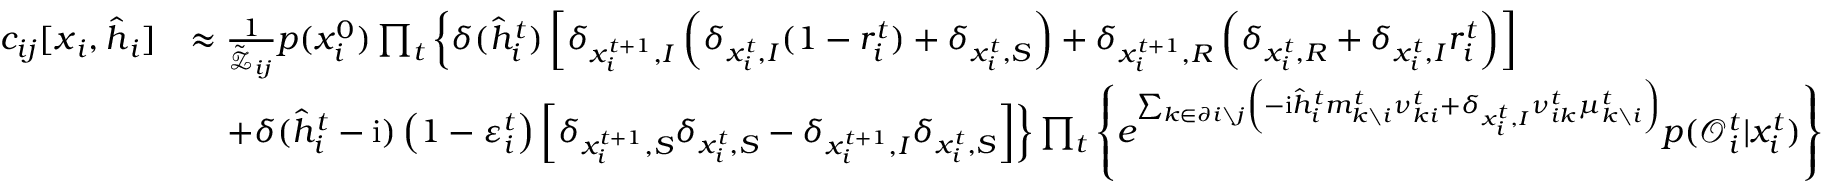
\begin{array} { r l } { c _ { i j } [ \boldsymbol { x } _ { i } , \hat { \boldsymbol { h } } _ { i } ] } & { \approx \frac { 1 } { \tilde { \mathcal { Z } } _ { i j } } p ( x _ { i } ^ { 0 } ) \prod _ { t } \left\{ \delta ( \hat { h } _ { i } ^ { t } ) \left[ \delta _ { x _ { i } ^ { t + 1 } , I } \left( \delta _ { x _ { i } ^ { t } , I } ( 1 - r _ { i } ^ { t } ) + \delta _ { x _ { i } ^ { t } , S } \right) + \delta _ { x _ { i } ^ { t + 1 } , R } \left( \delta _ { x _ { i } ^ { t } , R } + \delta _ { x _ { i } ^ { t } , I } r _ { i } ^ { t } \right) \right] \right. } \\ & { \quad \left. + \delta ( \hat { h } _ { i } ^ { t } - \mathrm { i } ) \left( 1 - \varepsilon _ { i } ^ { t } \right) \left[ \delta _ { x _ { i } ^ { t + 1 } , S } \delta _ { x _ { i } ^ { t } , S } - \delta _ { x _ { i } ^ { t + 1 } , I } \delta _ { x _ { i } ^ { t } , S } \right] \right\} \prod _ { t } \left\{ e ^ { \sum _ { k \in \partial i \setminus j } \left( - \mathrm { i } \hat { h } _ { i } ^ { t } m _ { k \setminus i } ^ { t } \nu _ { k i } ^ { t } + \delta _ { x _ { i } ^ { t } , I } \nu _ { i k } ^ { t } \mu _ { k \setminus i } ^ { t } \right) } p ( \mathcal { O } _ { i } ^ { t } | x _ { i } ^ { t } ) \right\} } \end{array}